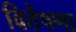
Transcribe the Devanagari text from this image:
वित्तैषणा